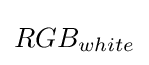
RGB_{white}